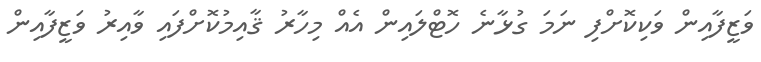
ވަޒީފާއިން ވަކިކޮށްފި ނަމަ ގުޅާނެ ހޮޓްލައިން އެއް މިހާރު ޤާއިމުކޮށްފައި ވާއިރު ވަޒީފާއިން